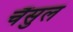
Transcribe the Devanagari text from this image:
चैंसुल